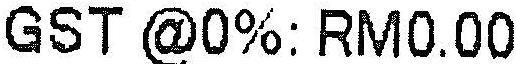
GST @0%: RM0.00